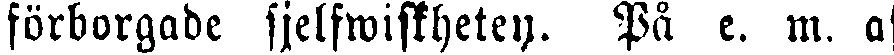
förborgade sjelfwiskheten. På e. m. af